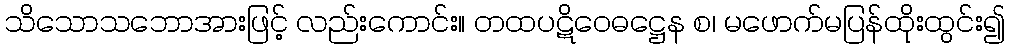
သိသောသဘောအားဖြင့် လည်းကောင်း။ တထပဋိဝေဓဋ္ဌေန စ၊ မဖောက်မပြန်ထိုးထွင်း၍